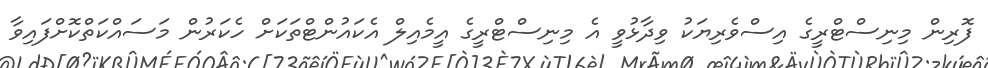
ފޮރިން މިނިސްޓްރީގެ އިސްވެރިޔަކު ވިދާޅުވީ އެ މިނިސްޓްރީގެ އީމެއިލް އެކައުންޓްތަކަށް ހެކަރުން މަސައްކަތްކޮށްފައިވާ